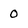
Character: 0